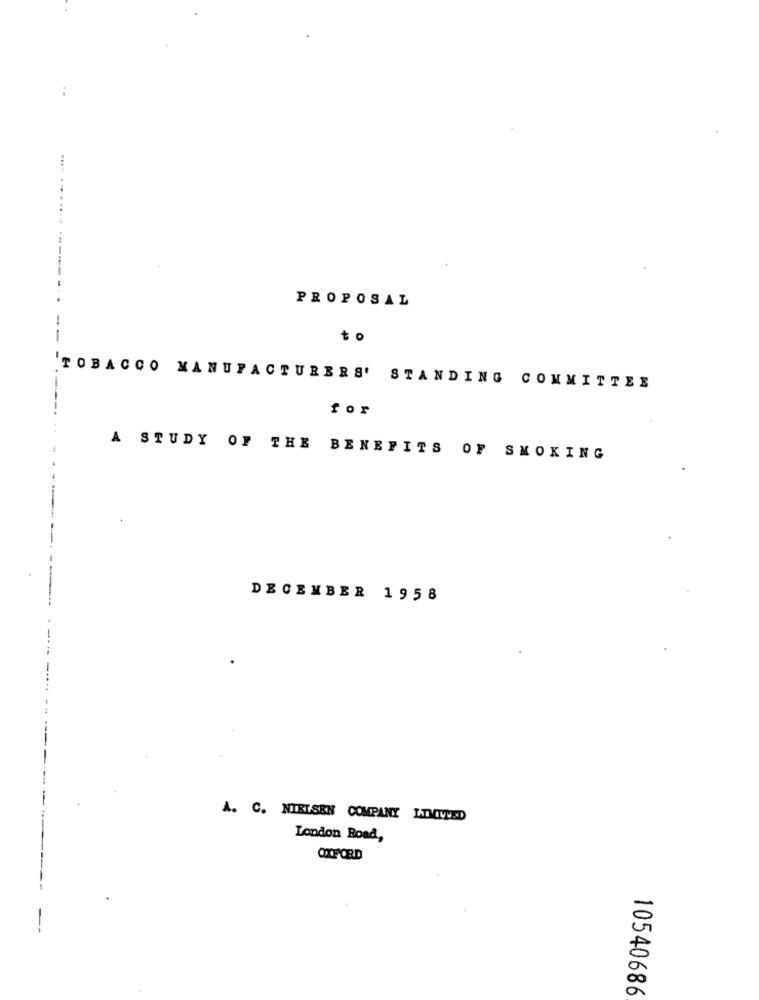
PROPOSAL
TOBACCO MANUFACTURERS' STANDING COMMITTEE
for
A STUDY OF THE BENEFITS OF SMOKING
DECEMBER 1958
A. C. NIELSEN COMPANY LIMITED
London Road,
OXFORD
10540686